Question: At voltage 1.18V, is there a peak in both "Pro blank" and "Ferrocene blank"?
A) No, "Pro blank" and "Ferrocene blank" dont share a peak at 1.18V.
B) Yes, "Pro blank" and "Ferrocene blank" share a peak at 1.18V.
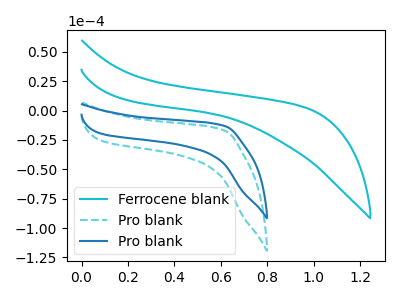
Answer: <think>The cyan curve "Ferrocene blank" has no peaks. The cyan dashed curve "Pro blank" has no peaks. The blue curve "Pro blank" has no peaks.</think>
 <answer>A) No, "Pro blank" and "Ferrocene blank" dont share a peak at 1.18V.</answer>
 <eval>A</eval>